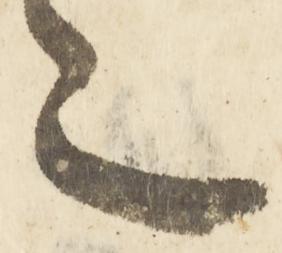
言